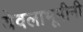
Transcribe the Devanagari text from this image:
येवलाभूमीनी